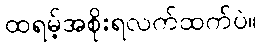
ထရမ့်အစိုးရလက်ထက်ပဲ။